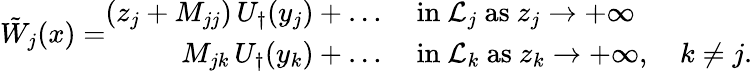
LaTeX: \tilde{W}_{j}(x)=\begin{array}{rl}{(z_{j}+M_{jj})\, U_{\dagger}(y_{j})+\dots}&{\mathrm{~in~}\mathcal{L}_{j}\mathrm{~as~}z_{j}\to+\infty}\\ {M_{jk}\, U_{\dagger}(y_{k})+\dots}&{\mathrm{~in~}\mathcal{L}_{k}\mathrm{~as~}z_{k}\to+\infty,\quad k\ne j.}\end{array}